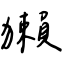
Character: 獺